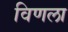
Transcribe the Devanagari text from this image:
विणला